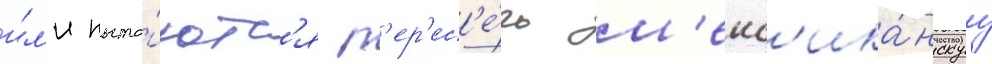
и́л'и пыта́ютс'я п'ер'ес'е́чь м'екс'ика́нскуу